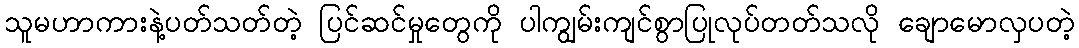
သူမဟာကားနဲ့ပတ်သတ်တဲ့ ပြင်ဆင်မှုတွေကို ပါကျွမ်းကျင်စွာပြုလုပ်တတ်သလို ချောမောလှပတဲ့